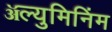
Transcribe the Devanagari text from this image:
ॲल्युमिनिंम